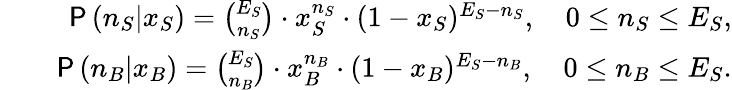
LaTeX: \begin{array}{rlr}&{}&{\mathsf{P}\, (n_{S}|x_{S})={\binom{E_{S}}{n_{S}}}\cdot x_{S}^{n_{S}}\cdot(1-x_{S})^{E_{S}-n_{S}},\quad 0\leq n_{S}\leq E_{S},}\\ &{}&{\mathsf{P}\, (n_{B}|x_{B})={\binom{E_{S}}{n_{B}}}\cdot x_{B}^{n_{B}}\cdot(1-x_{B})^{E_{S}-n_{B}},\quad 0\leq n_{B}\leq E_{S}.}\end{array}